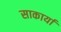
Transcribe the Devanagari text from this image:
साकार्या